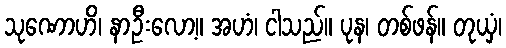
သုဏောဟိ၊ နာဦးလော့။ အဟံ၊ ငါသည်။ ပုန၊ တစ်ဖန်။ တုယှံ၊